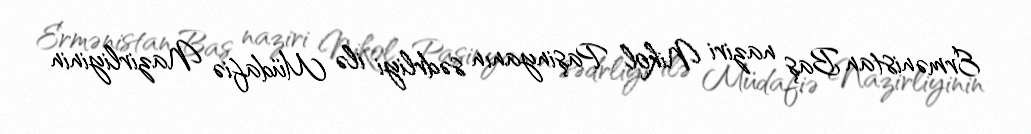
Ermənistan Baş naziri Nikol Paşinyanın sədrliyi ilə Müdafiə Nazirliyinin